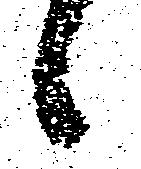
候